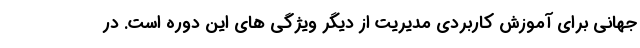
جهانی برای آموزش کاربردی مدیریت از دیگر ویژگی های این دوره است. در